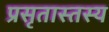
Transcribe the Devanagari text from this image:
प्रसृतास्तस्य